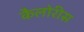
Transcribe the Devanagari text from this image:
कैलोरीस